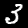
Digit: 3